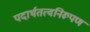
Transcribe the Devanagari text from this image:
पदार्थतत्वनिरूपण